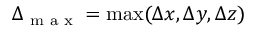
\Delta _ { \textrm { m a x } } = \mathrm { m a x } ( \Delta x , \Delta y , \Delta z )